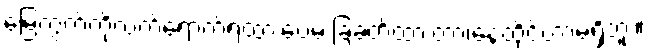
မြေကွက်ကိုလက်ရောက်ရထားပေမဲ့ ခြံခတ်ထားတာ၊နေထိုင်တာမရှိဘူး။